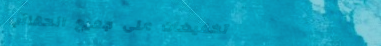
تخفيضات على جميع الحقائب